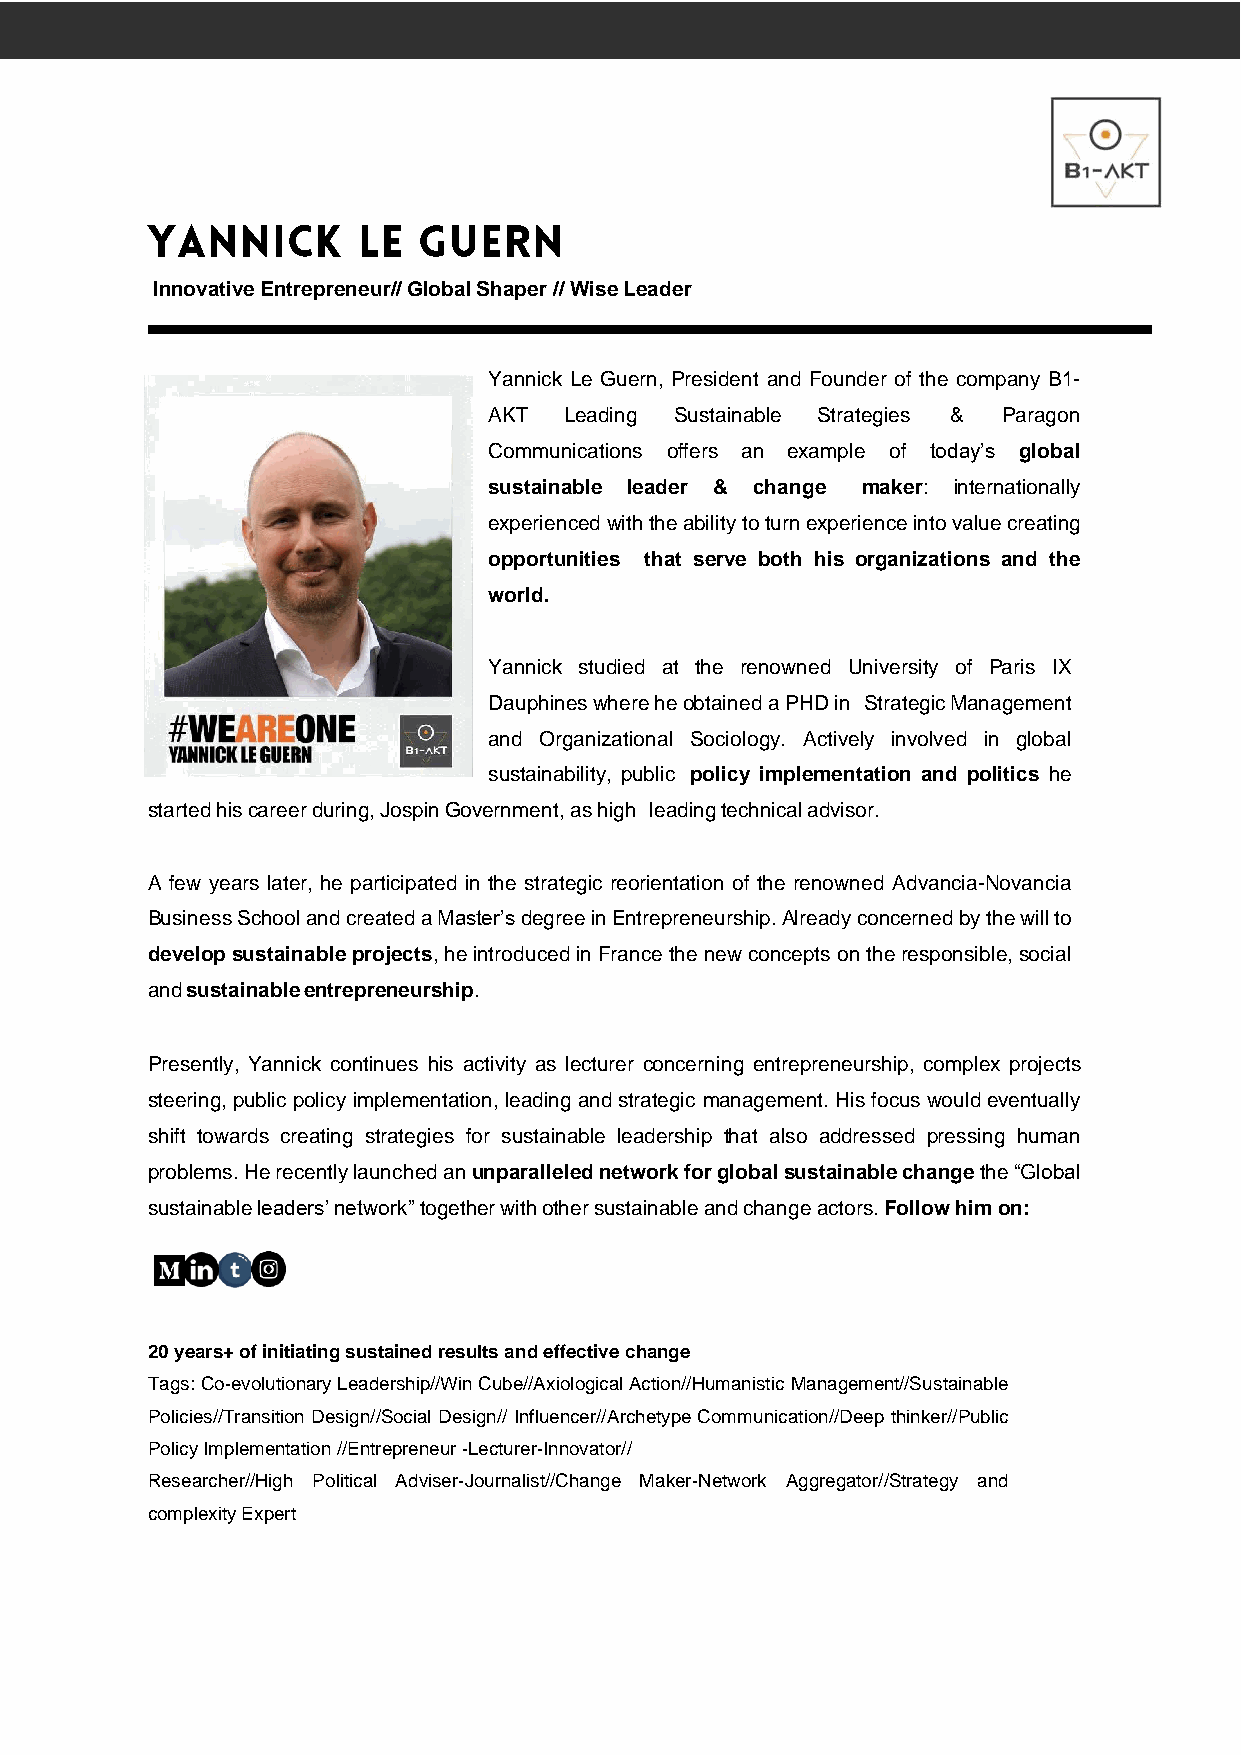
Innovative Entrepreneur// Global Shaper // Wise Leader
 Yannick Le Guern, President and Founder of the company B1-
 AKT  Leading Sustainable Strategies & Paragon
 Communications offers an example of today’s global
 sustainable leader & change maker: internationally
 experienced with the ability to turn experience into value creating
 opportunities that serve both his organizations and the
 world.
 Yannick studied at the renowned University of Paris IX
 Dauphines where he obtained a PHD in Strategic Management
 and Organizational Sociology. Actively involved in global
 sustainability, public policy implementation and politics he
 started his career during, Jospin Government, as high leading technical advisor.
 A few years later, he participated in the strategic reorientation of the renowned Advancia-Novancia
 Business School and created a Master’s degree in Entrepreneurship. Already concerned by the will to
 develop sustainable projects, he introduced in France the new concepts on the responsible, social
 and sustainable entrepreneurship.
 Presently, Yannick continues his activity as lecturer concerning entrepreneurship, complex projects
 steering, public policy implementation, leading and strategic management. His focus would eventually
 shift towards creating strategies for sustainable leadership that also addressed pressing human
 problems. He recently launched an unparalleled network for global sustainable change the “Global
 sustainable leaders’ network” together with other sustainable and change actors. Follow him on:
 20 years+ of initiating sustained results and effective change
 Tags: Co-evolutionary Leadership//Win Cube//Axiological Action//Humanistic Management//Sustainable
 Policies//Transition Design//Social Design// Influencer//Archetype Communication//Deep thinker//Public
 Policy Implementation //Entrepreneur -Lecturer-Innovator//
 Researcher//High Political Adviser-Journalist//Change Maker-Network Aggregator//Strategy and
 complexity Expert